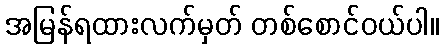
အမြန်ရထားလက်မှတ် တစ်စောင်ဝယ်ပါ။